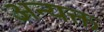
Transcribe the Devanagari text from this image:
अन्यक्त